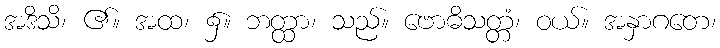
အဒိသိ၊ ၏။ အထ၊ ၌။ ဘတ္ထာ၊ သည်။ ဗောဓိသတ္တံ၊ ဝယ်။ အနှာဂတေ၊